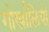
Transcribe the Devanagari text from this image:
गोर्खालियोँ